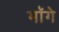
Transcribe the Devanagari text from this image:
माॅगे